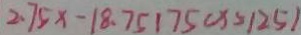
2 . 7 5 x - 1 8 . 7 5 1 7 5 ( x > 1 2 5 )